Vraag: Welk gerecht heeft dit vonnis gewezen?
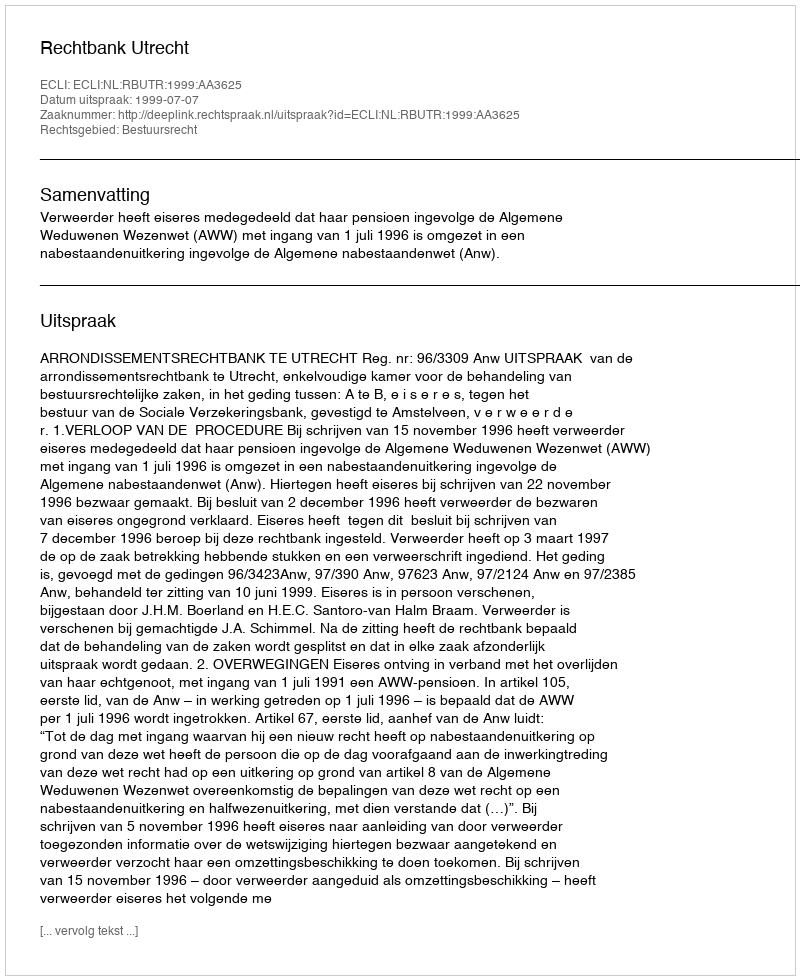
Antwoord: Rechtbank Utrecht